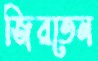
জিরতেন